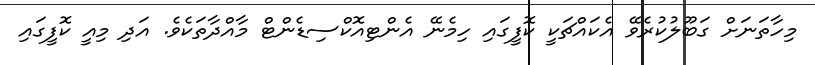
މިހާތަނަށް ގަބޫލުކުރެވޭ އެކައްޗަކީ ކޮފީގައި ހިމެނޭ އެންޓިއޮކްސިޑެންޓް މާއްދާތަކެވެ. އަދި މިއީ ކޮފީގައި